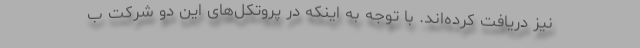
نیز دریافت کرده‌اند. با توجه به اینکه در پروتکل‌های این دو شرکت ب